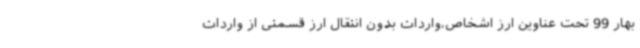
بهار 99 تحت عناوین ارز اشخاص،واردات بدون انتقال ارز قسمتی از واردات